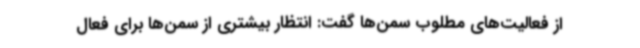
از فعالیت‌های مطلوب سمن‌ها گفت: انتظار بیشتری از سمن‌ها برای فعال